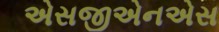
એસજીએનએસ